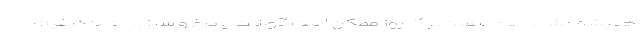
همیشه مشابه هم نیست. یک روز ممکن است گوشت و مرغ و سبزیجات با کیفیت